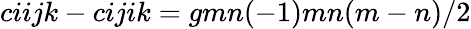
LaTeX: ciijk−cijik=gmn(−1)mn(m−n)/2